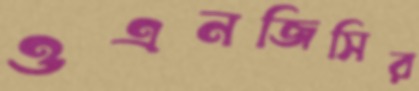
ওএনজিসির